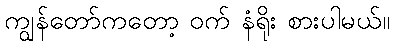
ကျွန်တော်ကတော့ ဝက် နံရိုး စားပါမယ်။